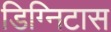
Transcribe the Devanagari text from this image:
डिग्निटास